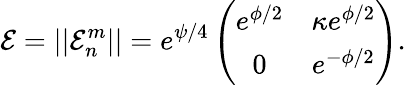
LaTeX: {\cal E}=||{\cal E}_{n}^{m}||=e^{\psi/4}\left(\begin{array}{cc}{{e^{\phi/2}}}&{{\kappa e^{\phi/2}}}\\ {{0}}&{{e^{-\phi/2}}}\end{array}\right).